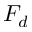
F _ { d }